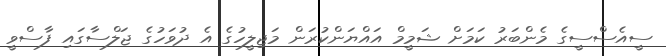
ސީއެސްސީގެ މެންބަރު ކަމަށް ޝަމީމް އައްޔަންކުރަން މަޖިލީހުގެ އެ ދުވަހުގެ ޖަލްސާގައި ފާސްވީ